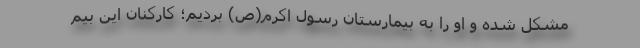
مشکل شده و او را به بیمارستان رسول اکرم(ص) بردیم؛ کارکنان این بیم